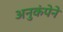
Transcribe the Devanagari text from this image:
अनुकंपेने